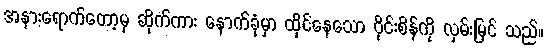
အနားရောက်တော့မှ ဆိုက်ကား နောက်ခုံမှာ ထိုင်နေသော ဝိုင်းစိန်ကို လှမ်းမြင် သည်။